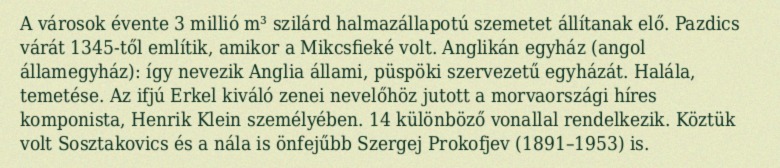
A városok évente 3 millió m³ szilárd halmazállapotú szemetet állítanak elő. Pazdics várát 1345-től említik, amikor a Mikcsfieké volt. Anglikán egyház (angol államegyház): így nevezik Anglia állami, püspöki szervezetű egyházát. Halála, temetése. Az ifjú Erkel kiváló zenei nevelőhöz jutott a morvaországi híres komponista, Henrik Klein személyében. 14 különböző vonallal rendelkezik. Köztük volt Sosztakovics és a nála is önfejűbb Szergej Prokofjev (1891–1953) is.